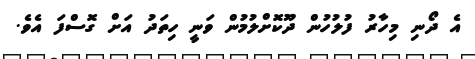
އެ ދޯނި މިހާރު ފުލުހުން ދޫކޮށްލުމުން ވަނީ ހިތަދު އަށް ގޮސްފަ އެވެ.